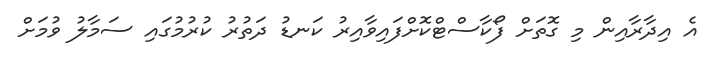
އެ އިދާރާއިން މި ގޮތަށް ފޯކާސްޓްކޮށްފައިވާއިރު ކަނޑު ދަތުރު ކުރުމުގައި ސަމާލު ވުމަށް